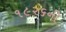
૧૯૨૬ની